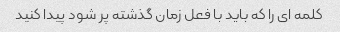
کلمه ای را که باید با فعل زمان گذشته پر شود پیدا کنید